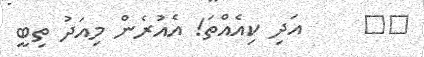
٢٦     އަދި ކިއެއްތަ! އެއުރެން މިއަދު ތިބީ